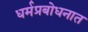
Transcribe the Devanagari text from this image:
धर्मप्रबोधनात